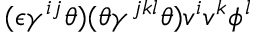
( \epsilon \gamma ^ { i j } \theta ) ( \theta \gamma ^ { j k l } \theta ) v ^ { i } v ^ { k } \phi ^ { l }